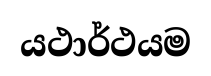
යථාර්ථයම